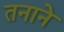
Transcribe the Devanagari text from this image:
तनाने